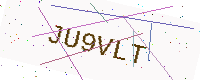
Text: JU9VLT